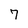
Character: 7